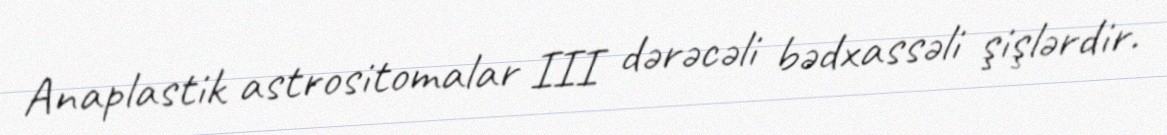
Anaplastik astrositomalar III dərəcəli bədxassəli şişlərdir.